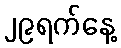
၂၉ရက်နေ့